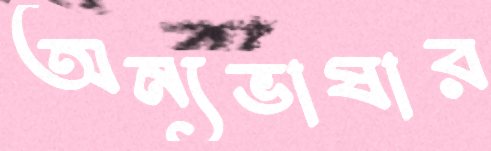
অন্যভাষার